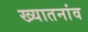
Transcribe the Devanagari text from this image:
ख्यातनांव